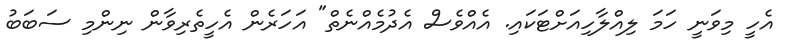
އެހީ މިވަނީ ހަމަ ލިއްލާހިއަށްޓަކައި. އެއްވެސް އެދުމެއްނެތް" އަހަރެން އެހީތެރިވާން ނިންމި ސަބަބު